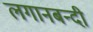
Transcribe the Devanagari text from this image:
लगानबन्दी